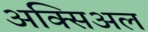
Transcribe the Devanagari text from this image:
अक्सिअल